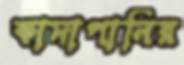
কাদাপানির